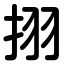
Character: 挧